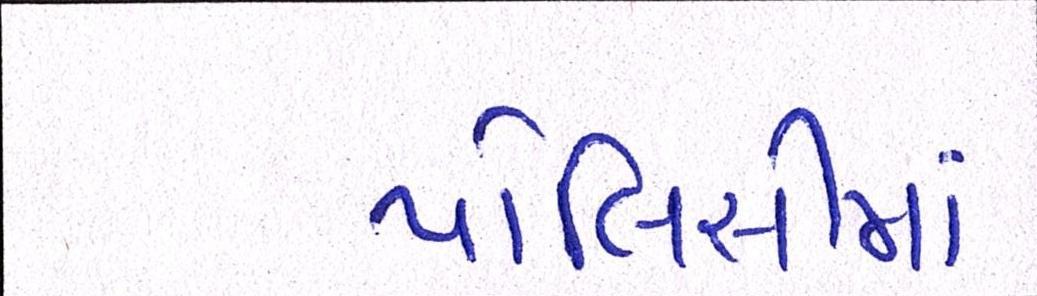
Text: પોલિસીમાં